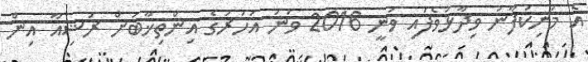
އެ މަނިކުފާނު ވިދާޅުވެފައި ވަނީ 2016 ވަނަ އަހަރުގެ އިންތިޚާބަށް ރަޝިއާ އިން